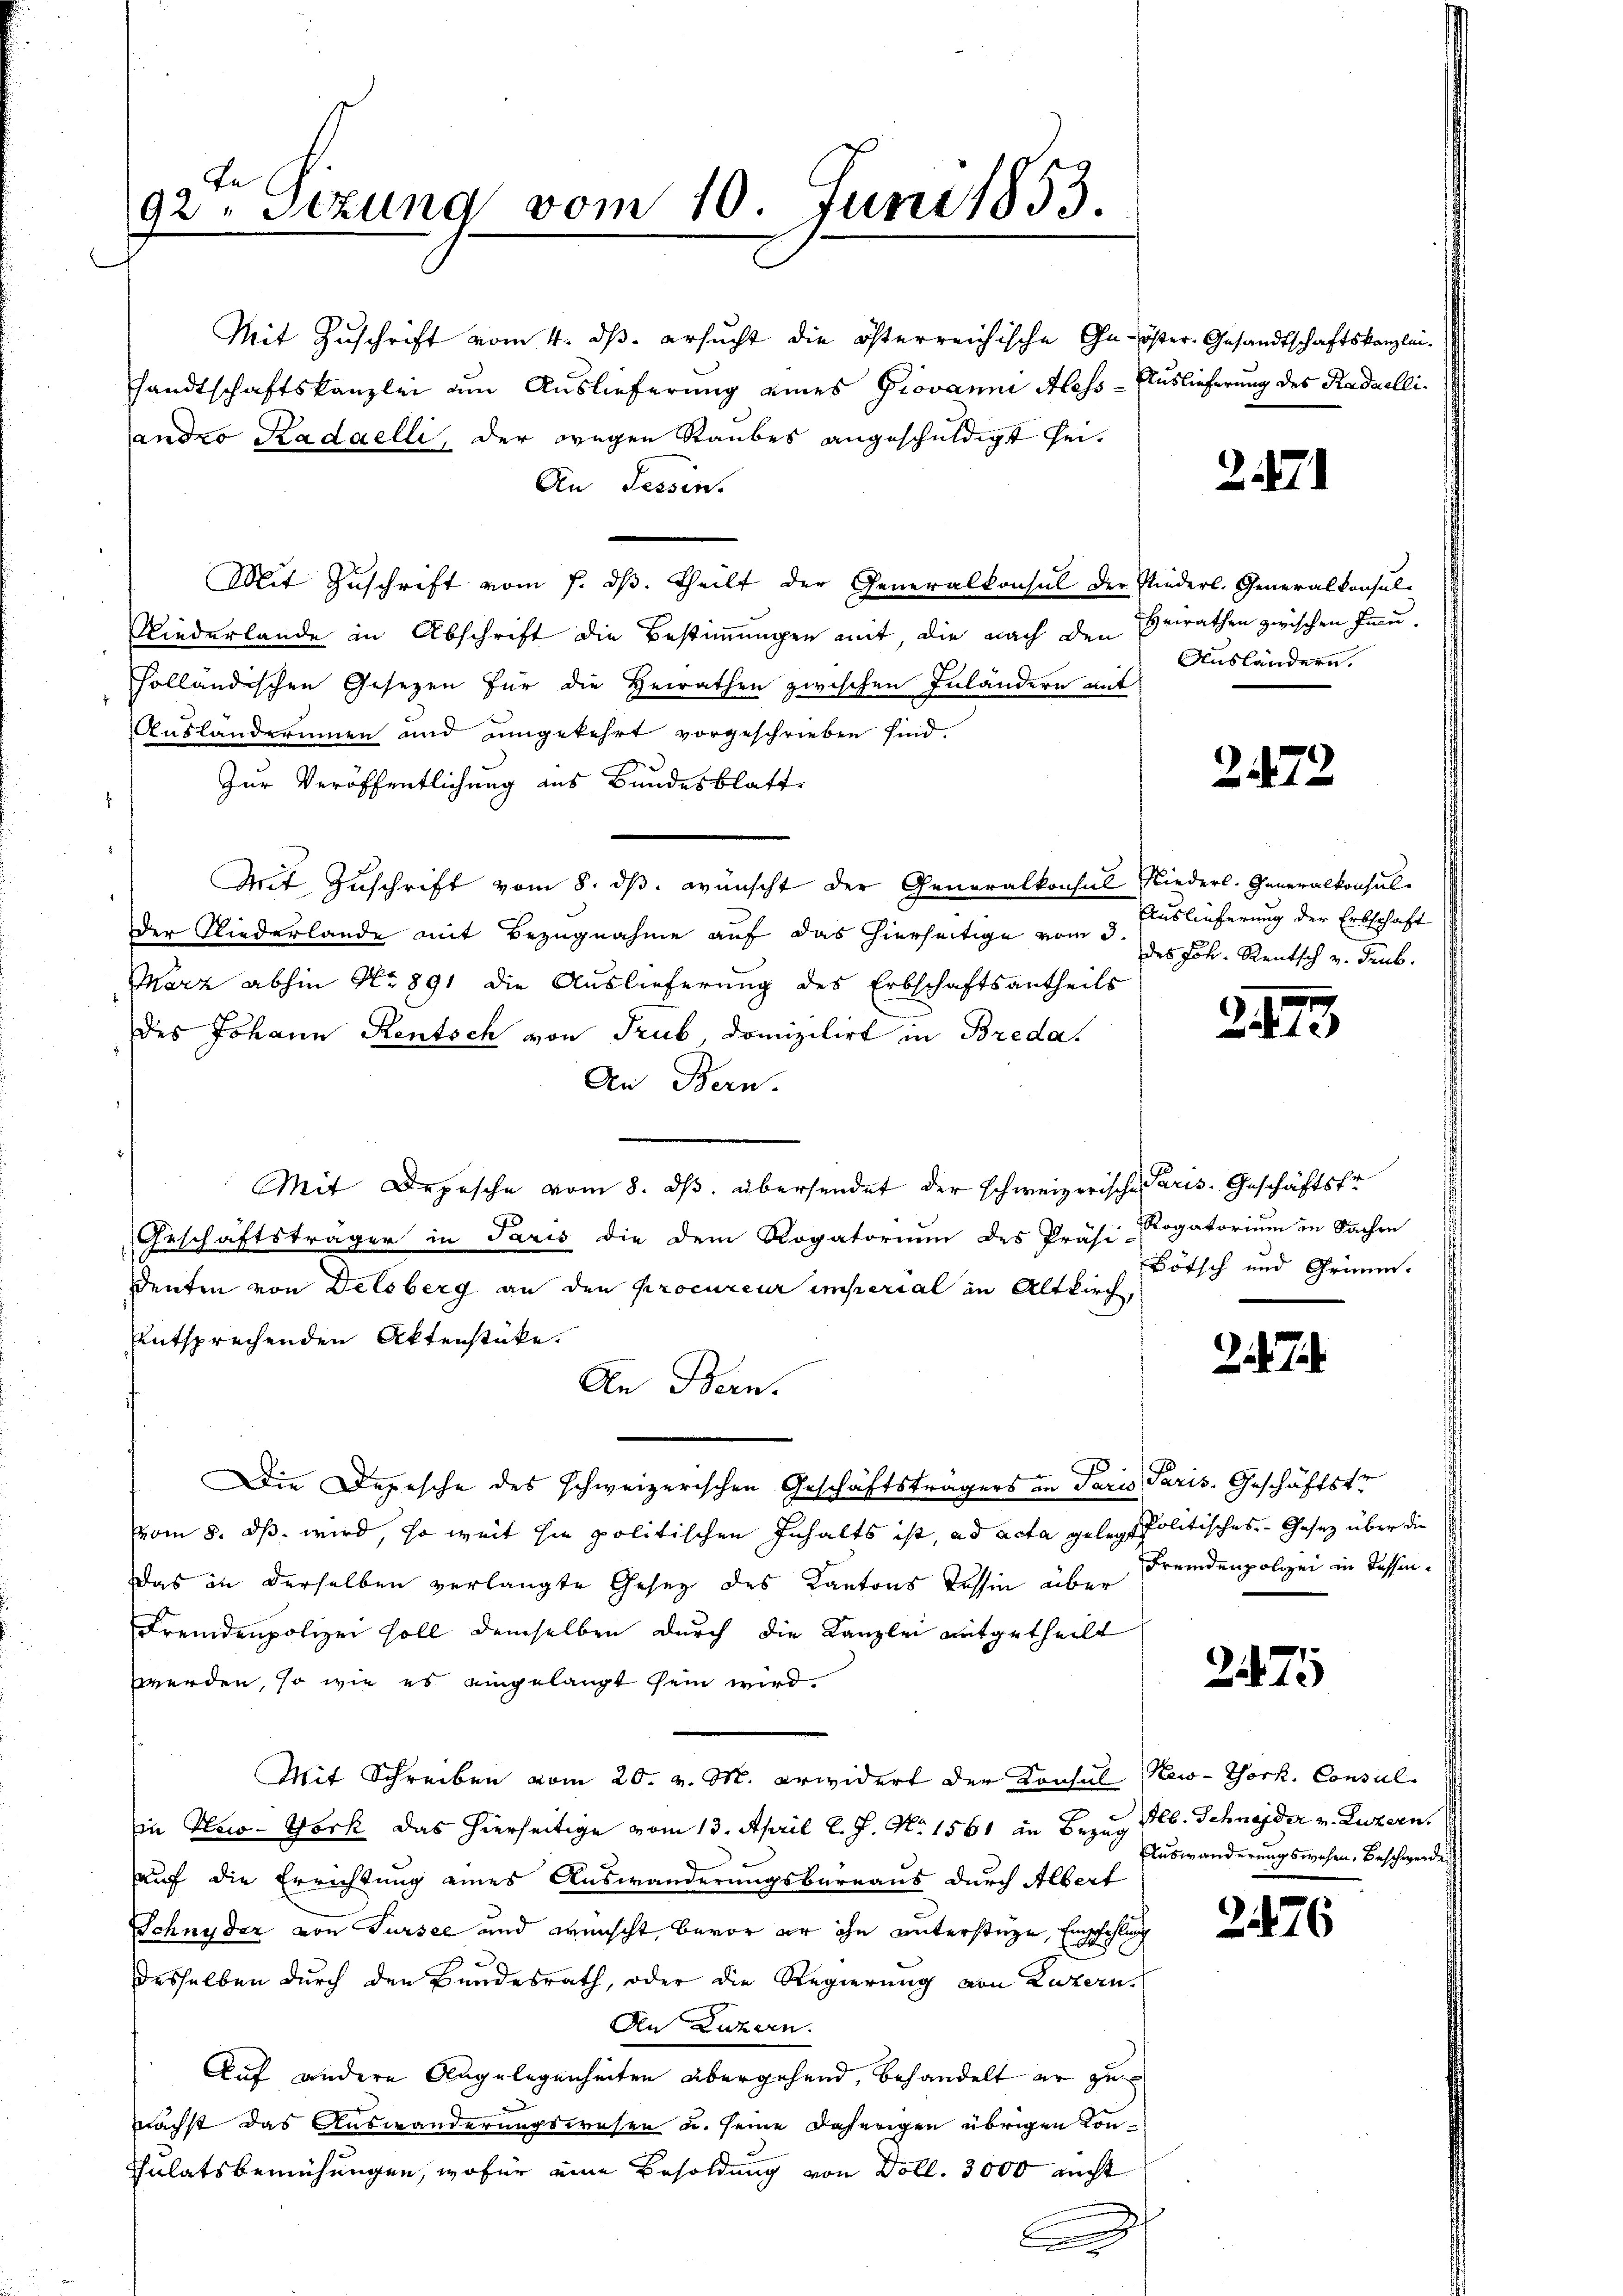
92. Sezung vom 10. Juni 1853.

Mit Zuschrift vom 4. ds. ersucht die österreichische Ga-öster Gesandtschaftskanzleisandtschaftskanzlei um Auslieferung eines Giovanni Aless - Auslieferung des Raduelliandro Radaelli, der wegen Raubes angeschuldigt sei¬
An Tessin.
Mit Zuschrift vom 7. ds. Theilt der Generalkonsul der Niederl. Generalkonsul-
Niederlande in Abschrift die Bestimmungen mit, die nach den Berathen zwischen Hauholländischen Gesezen für die Heirathen zwischen Inländern mit
Auslanderinnen und eingekehrt vorgeschrieben sind.
Zur Veröffentlichung aus Bundesblatte
f
Mit Zuschrift vom 8. ds. wünscht der Generalkonsul Niederl. Generalkonsul-
der Niederlande mit Bezugnahme auf das hierseitige vom 3.
März abhin No 891 die Auslieferung des Erbschaftsantheils
des Johann Rentsch von Trub, domizilirt in Breda.
An Bern.
Mit Depesche vom 8. ds. übersendet der schweizerische Paris-Geschäftsfr
Geschäftsträger in Paris die dem Rogatorium des Präsi-
Denten von Delsberg an den procureur imperial in Altkirch,
entsprechenden Aktenstücke.
An Bern.
Die Depesche des schweizerischen Geschäftsträgers an Paris Paris. Geschäftstr
vom 8. ds. wird, so weit sie politischen Inhalts ist, ad acta gelegt politisches Gesetz über die
Das in derselben verlangte Gesez des Kantons Tessin über
Fremdenpolizei soll demselben durch die Kanzlei mitgetheilt
werden, so wie es eingelangt sein wird
Mit Schreiben vom 20. v. M. erwidert der Konsul Kew-York, Consul-
in Hero-York das hierseitige vom 13. April l. J. No 1561 in Bezug lb. Schneider v. Luzern.
auf die Errichtung eines Auswanderungsbureaus durch Albert
Schnyder von Tursee und wünscht, bevor er ihn unterstüze, Empfehlung
desselben durch den Bundesrath, oder die Regierung von Luzern.
Aen Luzern.
Auf andere Angelegenheiten übergehend, behandelt er zu
nächst das Auswanderungswesen u. seine daherigen übrigen Kon¬
Sulatsbemühungen, wofür eine Besoldung von Doll. 3000 nicht

25

.

Ausländern.

2472

Auslieferung der Erbschaft
des Joh. Rentsch v. drub.

24

Rogatorium in Sachen
Bötsch und Grimm.

24.

t

Fremdenpolizei in dessen.

275

Auswanderungswesen. Beschwerde

2

126